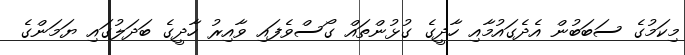
މިކަމުގެ ސަބަބުން އެދެގައުމާއި ހާދީގެ ގުޅުންތައް ގޯސްވެފައި ވާއިރު ހާދީގެ ބަދަލުގައި ޔަމަންގެ